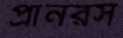
প্রানরস